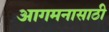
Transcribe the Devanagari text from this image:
आगमनासाठी